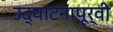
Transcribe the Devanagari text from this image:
उद्‌घाटनापूर्वी